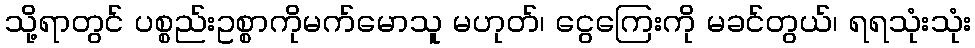
သို့ရာတွင် ပစ္စည်းဥစ္စာကိုမက်မောသူ မဟုတ်၊ ငွေကြေးကို မခင်တွယ်၊ ရရသုံးသုံး